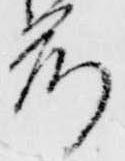
前